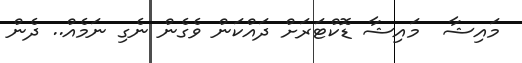
މައިޝާ  މައިޝާ ޑޮކްޓަރަށް ދައްކަން ވެގެން ނެގި ނަމެއް.. ދެން